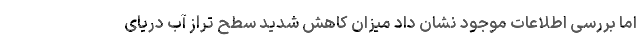
اما بررسی اطلاعات موجود نشان داد میزان کاهش شدید سطح تراز آب دریای